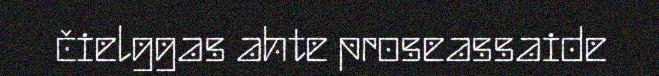
čielggas ahte proseassaide